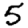
Digit: 5